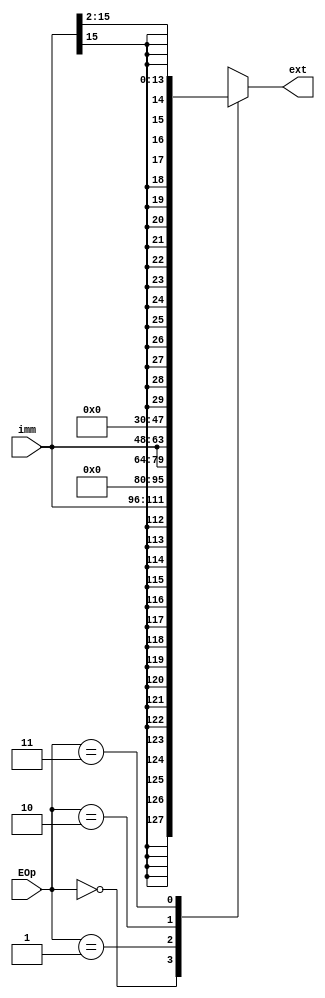
`timescale 1ns / 1ps
//////////////////////////////////////////////////////////////////////////////////
// Company: 
// Engineer: 
// 
// Design Name: 
// Module Name:    ext 
// Project Name: 
// Target Devices: 
// Tool versions: 
// Description: 
//
// Dependencies: 
//
// Revision: 
// Revision 0.01 - File Created
// Additional Comments: 
//
//////////////////////////////////////////////////////////////////////////////////
`define sign_extend 2'b00
`define unsign_extend 2'b01
`define load_high 2'b10
`define ext_sll 2'b11

module ext(
	input [15:0] imm,
	input [1:0] EOp,
	output [31:0] ext
    );
	 
	 reg [31:0] ext_data;
	 
	 always @(*)
	 case (EOp)
	 `sign_extend : ext_data = {{16{imm[15]}}, imm};
	 `unsign_extend : ext_data = {{16{1'b0}}, imm};
	 `load_high : ext_data = {imm, {16{1'b0}}};
	 `ext_sll : ext_data = ({{16{imm[15]}}, imm} >> 2);
	 default : ext_data = 0;
	 endcase
	 
	 assign ext = ext_data;

endmodule